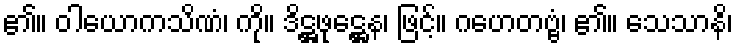
၏။ ဝါယောကသိဏံ၊ ကို။ ဒိဋ္ဌဖုဋ္ဌေန၊ ဖြင့်။ ဂဟေတဗ္ဗံ၊ ၏။ သေသာနိ၊